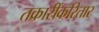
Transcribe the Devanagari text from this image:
तक्रारींकरितार